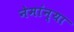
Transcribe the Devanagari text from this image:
नेमांन्या